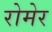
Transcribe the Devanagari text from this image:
रोमेर